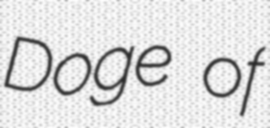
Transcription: Doge of